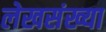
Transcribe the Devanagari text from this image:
लेखसंख्या